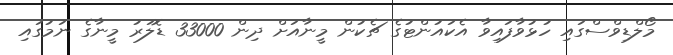
މޯލްޑިވްސްގައި ހުޅުވާފައިވާ އެކައުންޓުގެ ޗެކުން މީނާއަށް ދިން 33000 ޑޮލަރު މީނާގެ ނަމުގައި